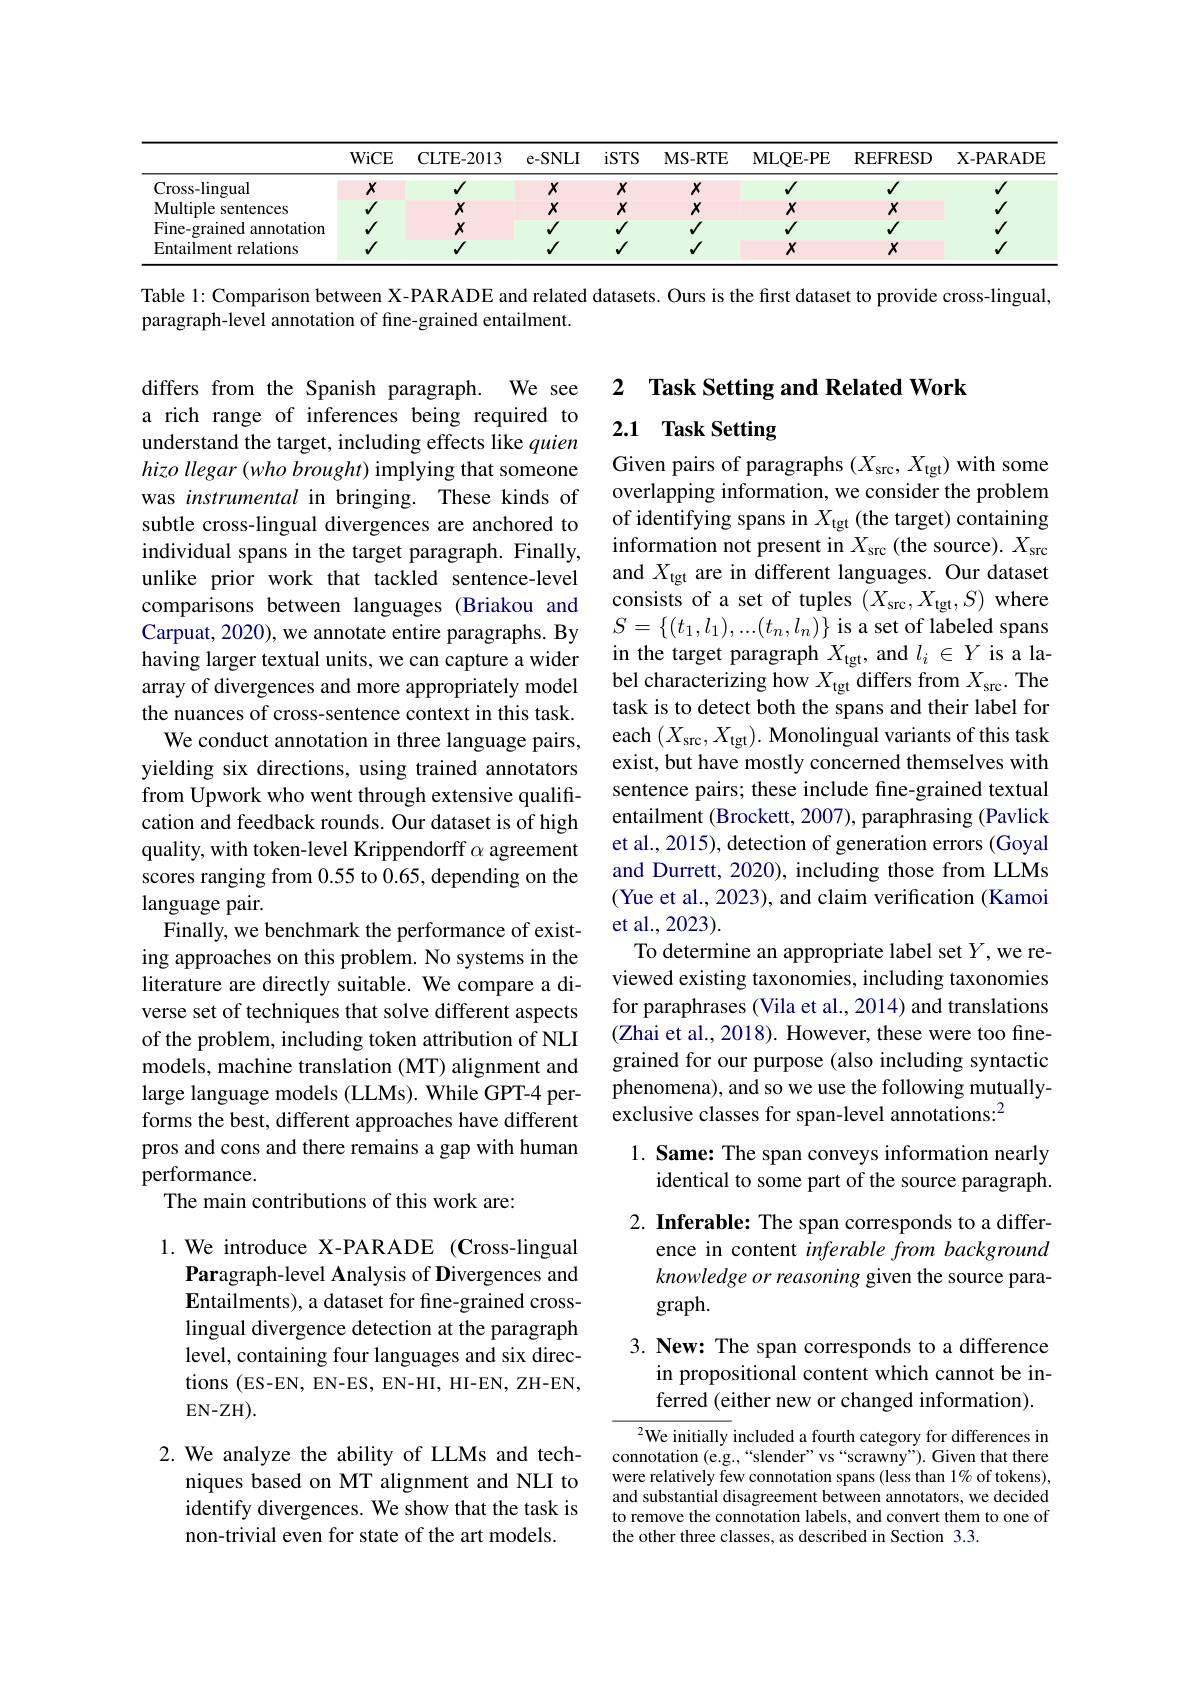
<table>
	<tbody>
		<tr>
			<th> </th>
			<th>WiCE</th>
			<th>CLTE-2013</th>
			<th>e- SNLI</th>
			<th>iSTS</th>
			<th>$\mathbf{MS-RTE}$</th>
			<th>MLQE- PE</th>
			<th>REFRESD</th>
			<th>$\mathbf{X}-\mathbf{P}\mathbf{A}\mathbf{R}\mathbf{A}\mathbf{D}\mathbf{E}$</th>
		</tr>
		<tr>
			<td>Cross- lingual</td>
			<td>$X$</td>
			<td>$√$</td>
			<td>$X$</td>
			<td>$X$</td>
			<td>$X$</td>
			<td>$√$</td>
			<td>$√$</td>
			<td>$√$</td>
		</tr>
		<tr>
			<td>$\mathbf{Multiple}$ 1.C sentences</td>
			<td>$\sqrt{1}$</td>
			<td>$X$</td>
			<td>$X$</td>
			<td>$X$</td>
			<td>$X$</td>
			<td>$X$</td>
			<td>$X$</td>
			<td>$√$</td>
		</tr>
		<tr>
			<td>Fine-grained $a$ annotation</td>
			<td>$√$</td>
			<td>$X$</td>
			<td>$√$</td>
			<td>$√$</td>
			<td>$√$</td>
			<td>$√$</td>
			<td>$√$</td>
			<td>$√$</td>
		</tr>
		<tr>
			<td>Entailment relations</td>
			<td>$√$</td>
			<td>$√$</td>
			<td>$√$</td>
			<td>$√$</td>
			<td>$√$</td>
			<td>$X$</td>
			<td>$X$</td>
			<td>$√$</td>
		</tr>
	</tbody>
</table>

Table 1: Comparison between X-PARADE and related datasets. Ours is the first dataset to provide cross-lingual,

paragraph-level annotation of fine-grained entailment.

## 2 $\textbf{Task Setting and Related Work}$

2.1 Task Setting

Given pairs of paragraphs $(X_{\mathrm{src}},X_{\mathrm{tgt}})$ with some overlapping information, we consider the problem of identifying spans in $X_\mathrm{tgt}$ (the target) containing information not present in $X_\mathrm{src}$ (the source). $X_\mathrm{src}$ and $X_\mathrm{tgt}$ are in different languages. Our dataset consists of a set of tuples $(X_{\mathrm{src}},X_{\mathrm{tgt}},S)$ where $S=\{(t_1,l_1),...(t_n,l_n)\}$ is a set of labeled spans in the target paragraph $X_\mathrm{tgt}$, and $l_i\in Y$ is a label characterizing how $X_\mathrm{tgt}$ differs from $X_\mathrm{src.}$ The task is to detect both the spans and their label for each $(X_{\mathrm{src}},X_{\mathrm{tgt}}).$ Monolingual variants of this task exist, but have mostly concerned themselves with sentence pairs; these include fine-grained textual entailment (Brockett, 2007), paraphrasing (Pavlick et al., 2015), detection of generation errors (Goyal and Durrett, 2020), including those from LLMs (Yue et al., 2023), and claim verification (Kamoi et al., 2023).
To determine an appropriate label set $Y$,we reviewed existing taxonomies, including taxonomies for paraphrases (Vila et al., 2014) and translations (Zhai et al., 2018). However, these were too finegrained for our purpose (also including syntactic phenomena), and so we use the following mutuallyexclusive classes for span-level annotations:$^{2}$
1. Same: The span conveys information nearly

differs from the Spanish paragraph. We see a rich range of inferences being required to understand the target, including effects like quien hizo llegar (who brought) implying that someone was instrumental in bringing. These kinds of subtle cross-lingual divergences are anchored to individual spans in the target paragraph. Finally, unlike prior work that tackled sentence-level comparisons between languages (Briakou and Carpuat, 2020), we annotate entire paragraphs. By having larger textual units, we can capture a wider array of divergences and more appropriately model the nuances of cross-sentence context in this task.
We conduct annotation in three language pairs, yielding six directions, using trained annotators from Upwork who went through extensive qualification and feedback rounds. Our dataset is of high quality, with token-level Krippendorff $\alpha$ agreement scores ranging from 0.55 to 0.65, depending on the language pair.
Finally, we benchmark the performance of existing approaches on this problem. No systems in the literature are directly suitable. We compare a diverse set of techniques that solve different aspects of the problem, including token attribution of NLI models, machine translation (MT) alignment and large language models (LLMs). While GPT-4 performs the best, different approaches have different pros and cons and there remains a gap with human performance.
The main contributions of this work are:

## identical to some part of the source paragraph.

2. Inferable: The span corresponds to a differ-
ence in content inferable from background knowledge or reasoning given the source paragraph.

1. We introduce X-PARADE (Cross-lingual
Paragraph-level Analysis of Divergences and Entailments), a dataset for fine-grained crosslingual divergence detection at the paragraph level, containing four languages and six directions (ES-EN, EN-ES, EN-HI, HI-EN, ZH-EN, $EN-ZH).$

3. New: The span corresponds to a difference
in propositional content which cannot be inferred (either new or changed information).

$^{2}$We initially included a fourth category for differences in connotation (e.g.,“slender”vs“scrawny”). Given that there were relatively few connotation spans (less than 1% of tokens), and substantial disagreement between annotators, we decided to remove the connotation labels, and convert them to one of the other three classes, as described in Section 3.3.

2. We analyze the ability of LLMs and tech-
niques based on MT alignment and NLI to identify divergences. We show that the task is non-trivial even for state of the art models.